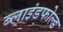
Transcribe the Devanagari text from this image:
ब्लाइंडफोल्ड